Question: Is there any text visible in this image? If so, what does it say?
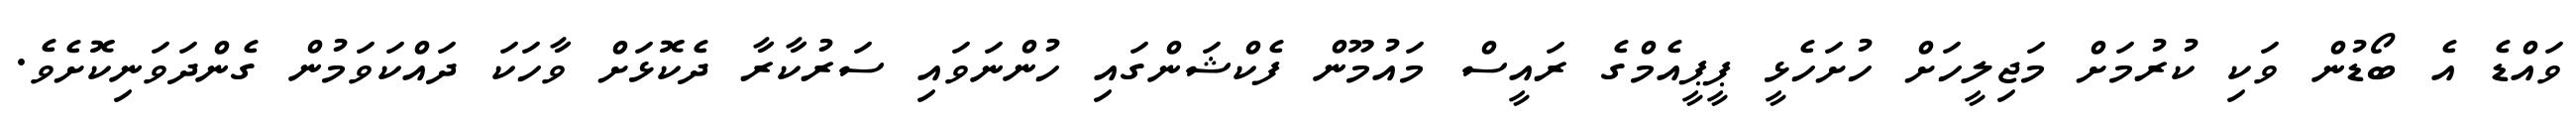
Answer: ވައްޑެ އެ ބޯޑުން ވަކި ކުރުމަށް މަޖިލީހަށް ހުށަހެޅީ ޕީޕީއެމްގެ ރައީސް މައުމޫން ފެކްޝަންގައި ހުންނަވައި ސަރުކާރާ ދެކޮޅަށް ވާހަކަ ދައްކަވަމުން ގެންދަވަނިކޮށެވެ.